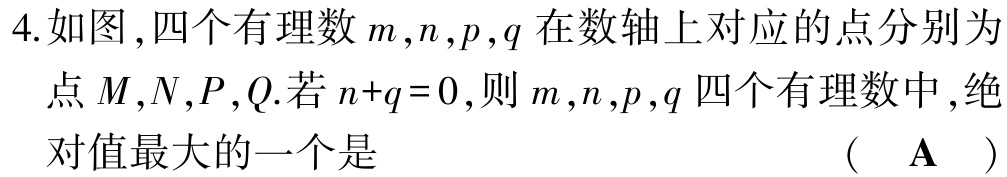
4.如图，四个有理数\(m,n,p,q\)在数轴上对应的点分别为点\(M,N,P,Q\).若\(n + q = 0\)，则\(m,n,p,q\)四个有理数中，绝对值最大的一个是 （ A ）